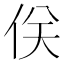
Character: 𠈪